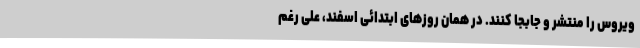
ویروس را منتشر و جابجا کنند. در همان روزهای ابتدائی اسفند، علی رغم